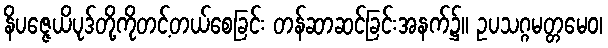
နိပဇ္ဇေယိပုဒ်တို့ကိုတင့်တယ်စေခြင်း တန်ဆာဆင်ခြင်းအနက်၌။ ဥပသဂ္ဂမတ္တမေဝ၊